Medical and sanitary report of the native army of Bengal for the year
Year: 1878
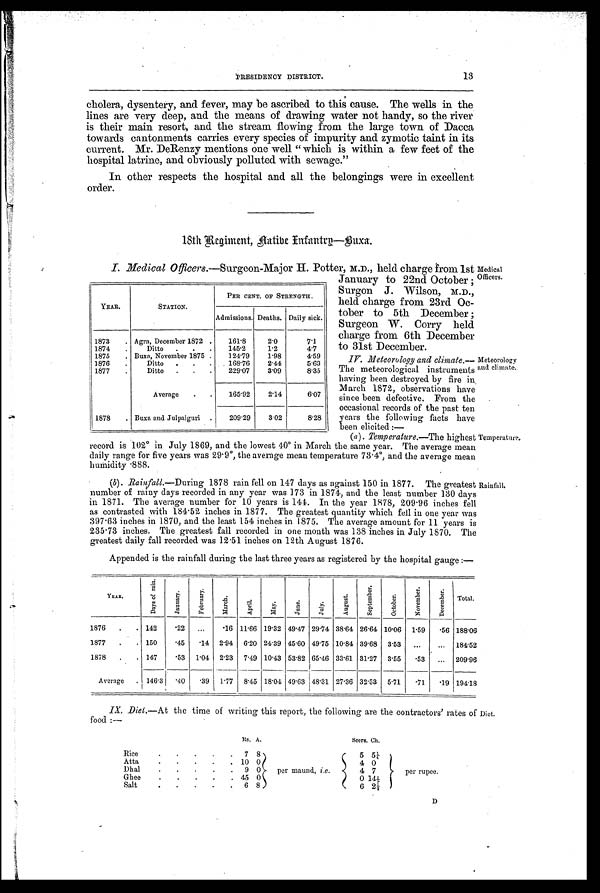
PRESIDENCY DISTRICT. 13
cholera, dysentery, and fever, may be ascribed to this cause. The wells in the
lines are very deep, and the means of drawing water not handy, so the river
is their main resort, and the stream flowing from the large town of Dacca
towards cantonments carries every species of impurity and zymotic taint in its
current. Mr. DeRenzy mentions one well " which is within a few feet of the
hospital latrine, and obviously polluted with sewage."
In other respects the hospital and all the belongings were in excellent
order.
18th Regiment, Native Infantry—Buxa.
I. Medical Officers.—Surgeon-Major H. Potter, M.D., held charge from 1st
January to 22nd October ;
Surgon J. Wilson, M.D.,
held charge from 23rd Oc-
tober to 5th December ;
Surgeon W. Corry held
charge from 6th December
to 31st December.
IV. Meteorology and climate.
— T h e m e t e o r o l o g i c a l i n s t r u m e n t s
having been destroyed by fire in
March 1872, observations have
since been defective. From the
occasional records of the past ten
years the following facts have
been elicited :—
YEAR.
STATION.
PER CENT. OF STRENGTH.
Admissions. Deaths. Daily sick.
1873 . Agra, December 1872 .
161.8
2.0
7.1
1874 .
Ditto . . .
145.2
1.2
4.7
1875 . Buxa, November 1875 .
124.79
1.98
4.59
1876
.
Ditto . . .
168.76
2.44
5.63
1877 .
Ditto . . .
229.07
3.09
8.35
Average . .
165.92
2.14
6.07
1878 . Buxa and Julpaiguri .
209.29
3.02
8.28
Medical
Officers.
Meteorology
and climate.
(a ). Temperature.—The highest
record is 102° in July 1869, and the lowest 40° in March the same year. The average mean
daily range for five years was 29.9°, the average mean temperature 73.4°, and the average mean
humidity 888.
Temperature.
(b). Rainfall.—D u r i n g 1 8 7 8 r a i n f e l l o n 1 4 7 d a y s a s a g a i n s t 1 5 0 i n 1 8 7 7 . T h e g r e a t e s t
number of rainy days recorded in any year was 173 in 1874, and the least number 130 days
in 1871. The average number for 10 years is 144. In the year 1878, 209.96 inches fell
as contrasted with 184.52 inches in 1877. The greatest quantity which fell in one year was
397.63 inches in 1870, and the least 154 inches in 1875. The average amount for 11 years is
235.73 inches. The greatest fall recorded in one month was 138 inches in July 1870. The
greatest daily fall recorded was 12.51 inches on 12th August 1876.
Appended is the rainfall during the last three years as registered by the hospital gauge :—
Rainfall.
Y E A R .
D a y s o f r a i n .
J a n u a r y . F e b r u a r y .
M a r c h .
A p r i l .
M a y .
J u n e .
July.
A u g u s t .
S e p t e m b e r .
O c t o b e r .
N o v e m b e r .
D e c e m b e r .
Total.
1876 . . 142
. 2 2 . . .
.16 11.66 19.32 49.47 29.74 38.64 26.64 10.06 1.59
. 5 6 188.06
1877 . . 150
. 4 5 .14 2.94 6.20 24.39 45.60 49.75 10.84 39.68 3.53 ...
. . . 184.52
1878 . . 147
. 5 3 1.04 2.23 7.49 10.43 53.82 65.46 33.61 31.27 3.55 .53
. . . 209.96
Average . 146.3
. 4 0 .39 1.77 8.45 18.04 49.63 48.31 27.36 32.53 5.71 .71
. 1 9 194.18
IX. Diet.—At the time of writing this report, the following are the contractors' rates of
food :—
Rs. A.
Seers. Ch.
Rice
.
.
.
.
. 7 8
per maund, i.e.
5 5¼
per rupee.
Atta
.
.
. .
. 10 0
4 0
Dhal
.
.
.
.
. 9 0
4 7
Ghee
.
.
. .
. 45 0
0 141/5
Salt
. .
. .
. 6 8
6 2½
Diet.
D
D